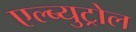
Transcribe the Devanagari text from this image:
एल्ब्युट्रोल